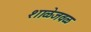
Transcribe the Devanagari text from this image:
शाळेजवळ